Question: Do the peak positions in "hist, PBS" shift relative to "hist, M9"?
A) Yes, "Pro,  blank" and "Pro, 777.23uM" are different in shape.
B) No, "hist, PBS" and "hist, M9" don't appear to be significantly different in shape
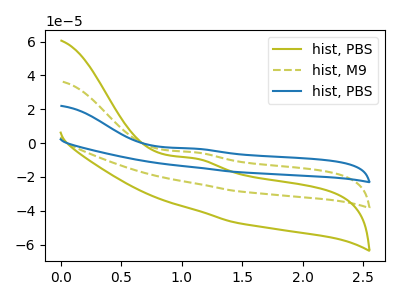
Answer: <think>The olive curve "hist, PBS" has an anodic peak at: (1.10V, -9.00uA). The olive dashed curve "hist, M9" has an anodic peak at: (1.10V, -5.40uA). The blue curve "hist, PBS" has an anodic peak at: (1.10V, -10.85uA).
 All the peaks in "hist, PBS" have a peak in "hist, M9" at the same potential. Every peak in "hist, PBS" is lower than every peak in "hist, M9".</think>
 <answer>B) No, "hist, PBS" and "hist, M9" don't appear to be significantly different in shape</answer>
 <eval>B</eval>